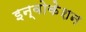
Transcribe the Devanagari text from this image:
इन्वोकेशन